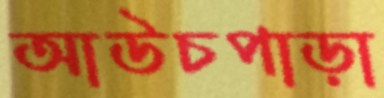
আউচপাড়া